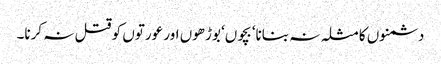
دشمنوں کا مثلہ نہ بنانا‘ بچوں‘ بوڑھوں اور عورتوں کو قتل نہ کرنا۔